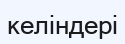
келіндері